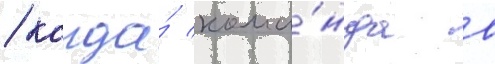
/ когда́ кома́нда в